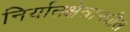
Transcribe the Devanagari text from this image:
निर्यातक्षेत्रामधील